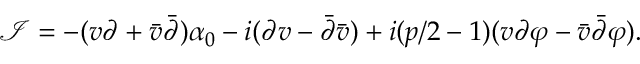
\mathcal I = - ( v \partial + \bar { v } \bar { \partial } ) \alpha _ { 0 } - i ( \partial v - \bar { \partial } \bar { v } ) + i ( p / 2 - 1 ) ( v \partial \varphi - \bar { v } \bar { \partial } \varphi ) .